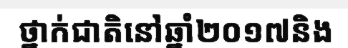
ថ្នាក់ជាតិនៅឆ្នាំ២០១៧និង